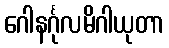
ဂေါနင်္ဂုလမိဂါယုတာ